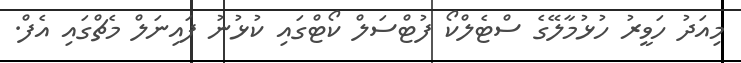
މިއަދު ހަވީރު ހުޅުމާލޭގެ ސްޓެލްކޯ ފުޓްސަލް ކޯޓްގައި ކުޅުނު ފައިނަލް މެޗްގައި އެފް.